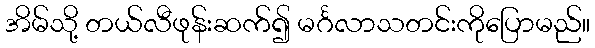
အိမ်သို့ တယ်လီဖုန်းဆက်၍ မင်္ဂလာသတင်းကိုပြောမည်။